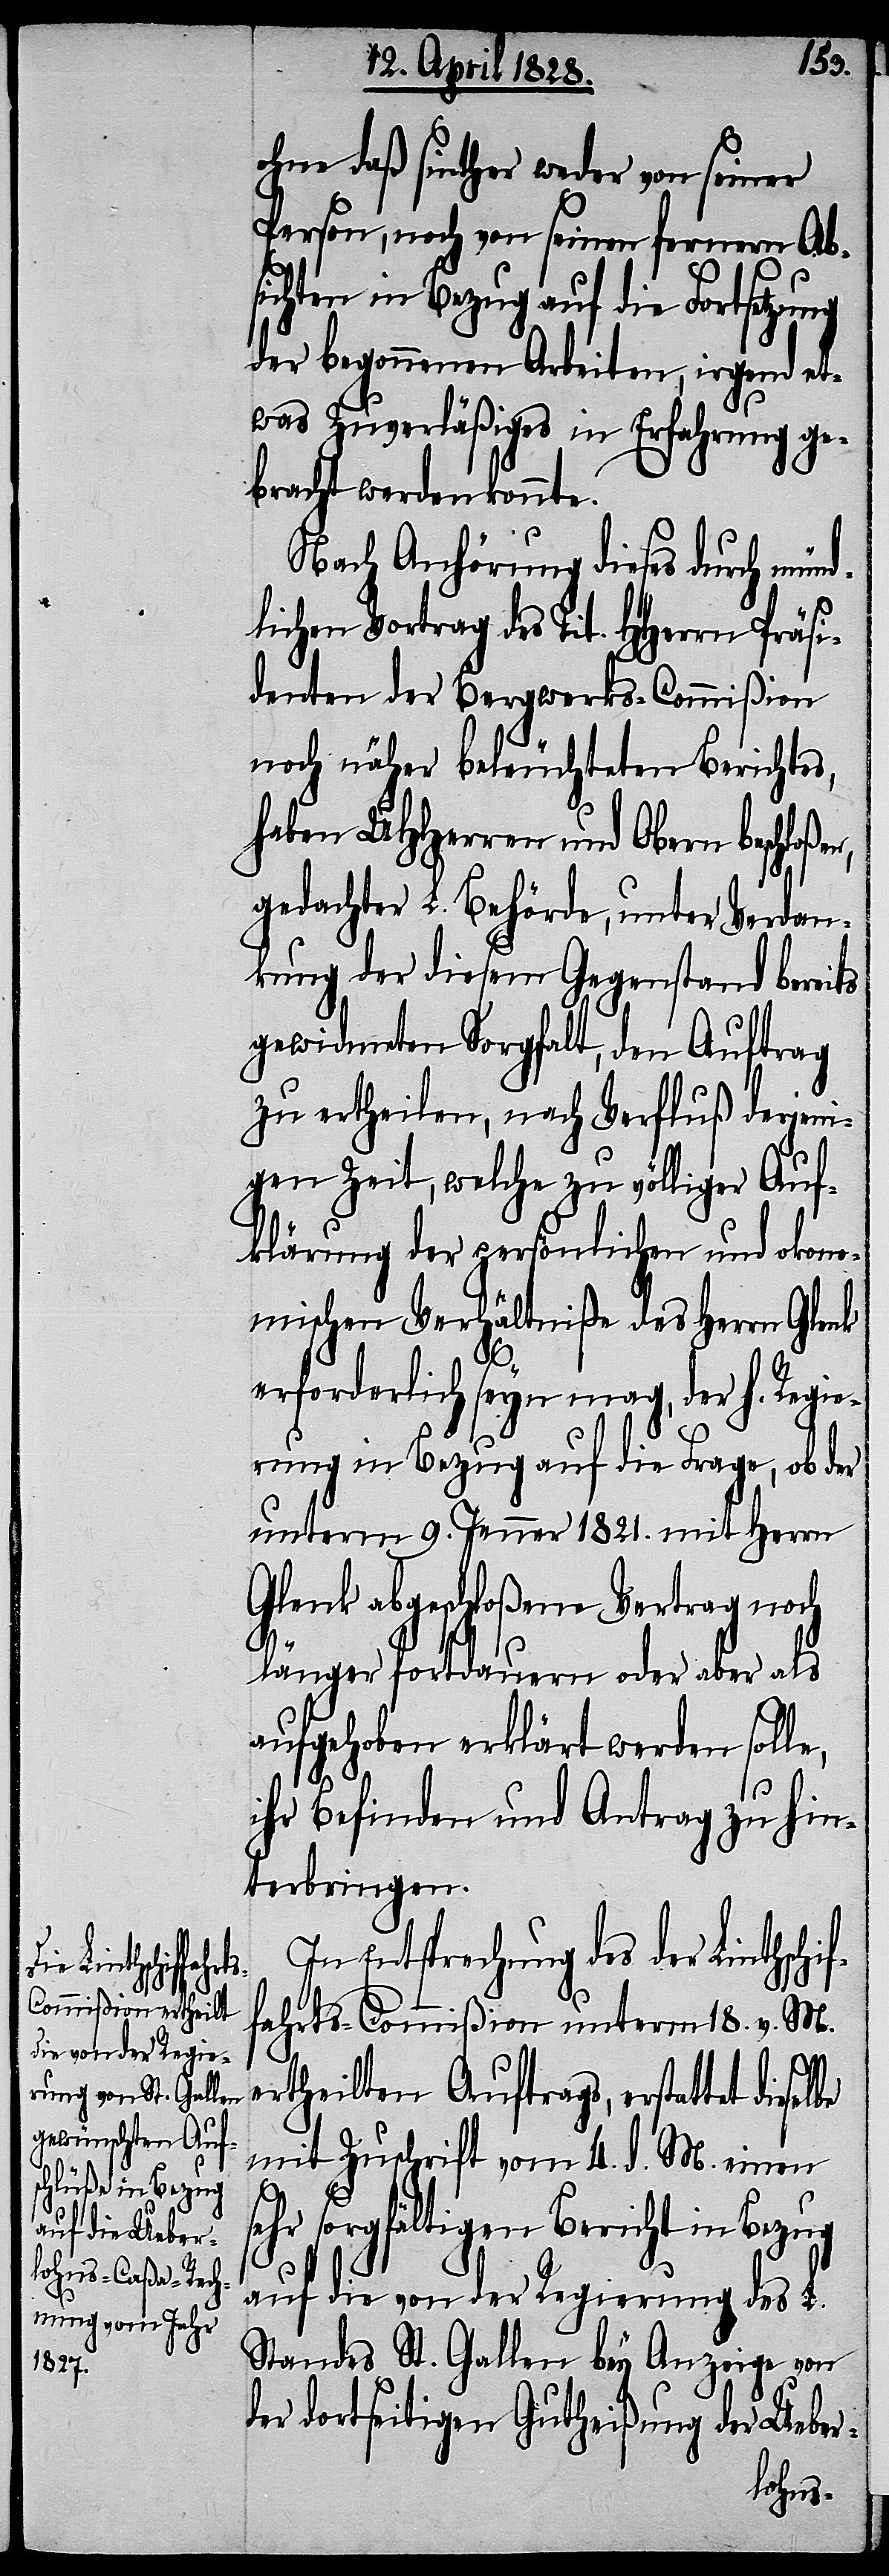
ohne daß sinther weder von seiner
Person, noch von seinen fernern Ab¬
sichten in Bezug auf die Fortsetzung
der begonnenen Arbeiten, irgend et¬
was Zuverläßiges in Erfahrung ge¬
bracht werden konnte.
Nach Anhörung dieses durch mün¬
dlichen Vortrag des Tit. HHerrn Präsi¬
denten der Bergwerks-Commißion
noch näher beleuchteten Berichtes,
haben UHHerren und Obern beschloße¬
gedachter L. Behörde, unter Verdan¬
kung der diesem Gegenstand bereits
gewidmeten Sorgfalt, den Auftrag
zu ertheilen, nach Verfluß derjeni¬
gen Zeit, welche zu völliger Auf¬
klärung der persönlichen und okon¬
omischen Verhältnißen des Herrn Glenk
erforderlich seyn mag, der h. Regie¬
rung in Bezug auf die Frage, ob der
unterm 9. Jenner 1821. mit Herrn
Glenk abgeschloßene Vertrag noch
länger fortdauern oder aber als
aufgehoben erklärt werden solle,
ihr Befinden und Antrag zu hin¬
terbringen.
In Entsprechung des der Lintschif¬
fahrts-Commißion unterm 18. v. M.
e¬
rtheilten Auftrags, erstattet diesel¬
mit Zuschrift vom 4. d. M. einen
be
sehr sorgfältigen Bericht in Bezug
auf die von der Regierung des L.
Standes St. Gallen bey Anzeige von
der dortseitigen Gutheißung der Ueber-